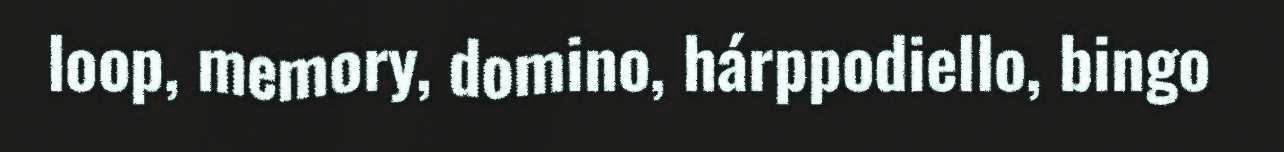
loop, memory, domino, hárppodiello, bingo